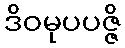
ဒိဝမုပပဇ္ဇိ